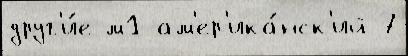
друг'и́е м1 ам'ер'ика́нск'ий 7